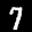
Label: 7